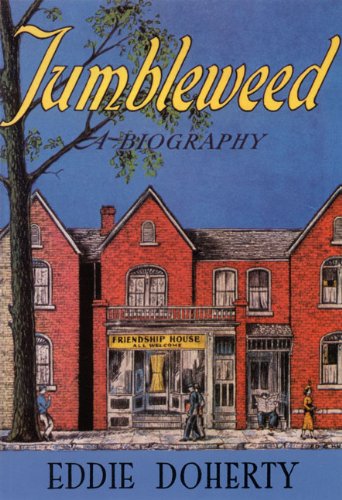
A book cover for Tumbleweed: A Biography of Catherine Doherty; Eddie Doherty; Religion & Spirituality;